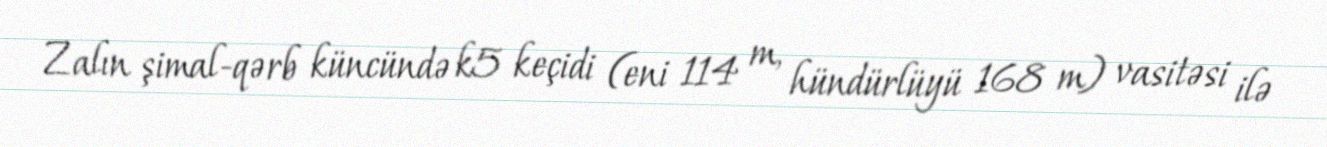
Zalın şimal-qərb küncündə k5 keçidi (eni 114 m, hündürlüyü 168 m) vasitəsi ilə